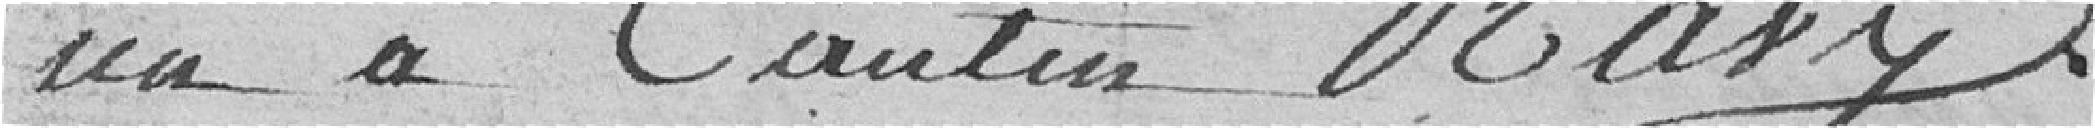
Un à Cautin Bary